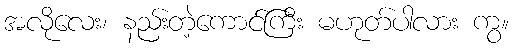
အလိုလေး၊ နည်းတဲ့ကောင်ကြီး မဟုတ်ပါလား ကွ။